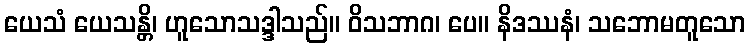
ယေသံ ယေသန္တိ၊ ဟူသောသဒ္ဒါသည်။ ဝိသဘာဂ၊ ပေ။ နိဒဿနံ၊ သဘောမတူသော